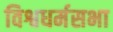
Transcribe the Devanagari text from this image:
विश्वधर्मसभा